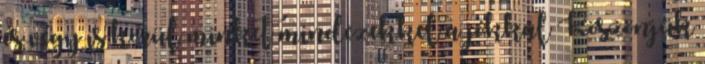
és végy is körül minket mindezekkel a jókkal Köszönjük